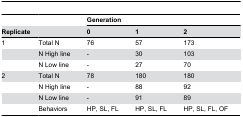
<table><thead><tr><td></td><td></td><td colspan="3"><b>Generation</b></td></tr><tr><td><b>Replicate</b></td><td></td><td><b>0</b></td><td><b>1</b></td><td><b>2</b></td></tr></thead><tbody><tr><td>1</td><td>Total N</td><td>76</td><td>57</td><td>173</td></tr><tr><td></td><td>N High line</td><td>-</td><td>30</td><td>103</td></tr><tr><td></td><td>N Low line</td><td>-</td><td>27</td><td>70</td></tr><tr><td>2</td><td>Total N</td><td>78</td><td>180</td><td>180</td></tr><tr><td></td><td>N High line</td><td>-</td><td>88</td><td>92</td></tr><tr><td></td><td>N Low line</td><td>-</td><td>91</td><td>89</td></tr><tr><td></td><td>Behaviors</td><td>HP, SL, FL</td><td>HP, SL, FL</td><td>HP, SL, FL, OF</td></tr></tbody></table>